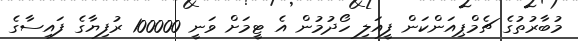
މުބާރުތުގެ ޗެމްޕިއަންކަން ފީއަލި ހޯދުމުން އެ ޓީމަށް ވަނީ 100000 ރުފިޔާގެ ފައިސާގެ